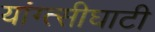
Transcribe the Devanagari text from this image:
यांग्त्सीघाटी